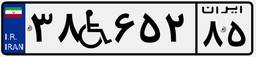
۳۸W۶۵۲۸۵